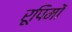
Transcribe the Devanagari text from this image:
रूपिमों